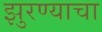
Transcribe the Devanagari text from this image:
झुरण्याचा